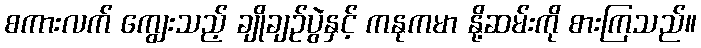
စကားလက် ကျွေးသည့် ချိုချဉ်ပွဲနှင့် ကနုကမာ နို့ဆမ်းကို စားကြသည်။